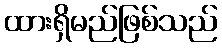
ထားရှိမည်ဖြစ်သည်